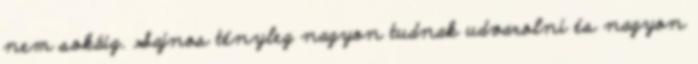
nem sokáig. Sajnos tényleg nagyon tudnak udvarolni és nagyon